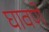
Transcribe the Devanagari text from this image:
घावणे